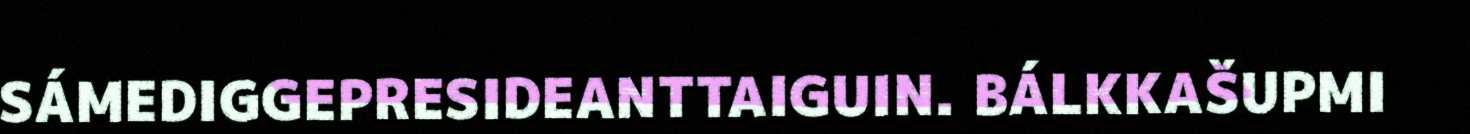
SÁMEDIGGEPRESIDEANTTAIGUIN. BÁLKKAŠUPMI